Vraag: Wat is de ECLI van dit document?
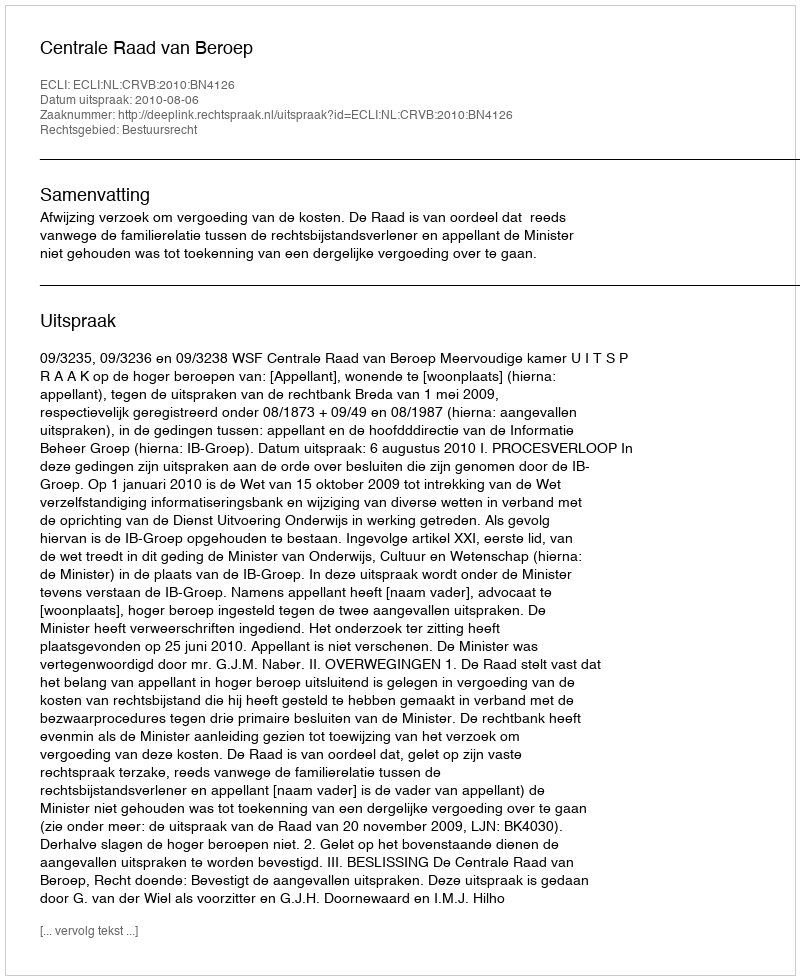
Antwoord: ECLI:NL:CRVB:2010:BN4126